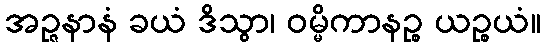
အဉ္ဇနာနံ ခယံ ဒိသွာ၊ ဝမ္မိကာနဉ္စ ယဉ္စယံ။